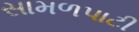
સામળપાટી